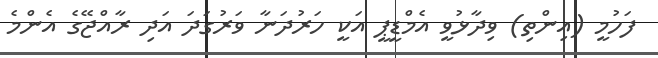
ފަހުމީ (އިންތި) ވިދާޅުވީ އެމްޑީޕީ އަކީ ހަރުދަނާ ވަރުގަދަ އަދި ރާއްޖޭގެ އެންމެ